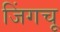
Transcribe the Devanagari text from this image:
जिंगचू